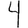
Digit: 4